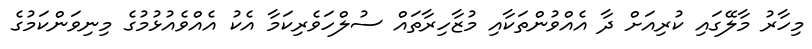
މިހާރު މާލޭގައި ކުރިއަށް ދާ އެއްވުންތަކާއި މުޒާހިރާތައް ސުލްހަވެރިކަމާ އެކު އެއްވެއުޅުމުގެ މިނިވަންކަމުގެ